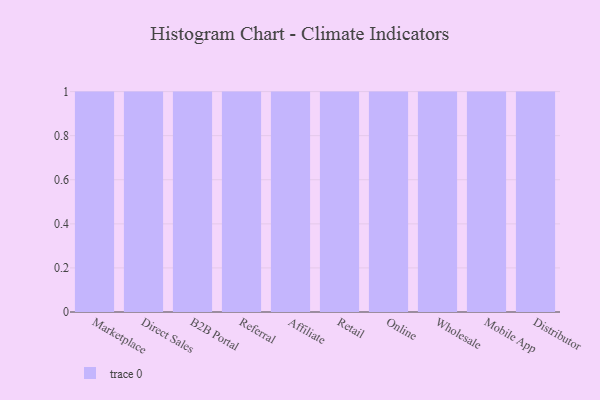
{"axis": {"x": "Channel", "y": "Gross Profit (USD K)"}, "legend": [""], "data": [{"x": "Marketplace", "y": 83, "type": ""}, {"x": "Direct Sales", "y": 71, "type": ""}, {"x": "B2B Portal", "y": 7, "type": ""}, {"x": "Referral", "y": 79, "type": ""}, {"x": "Affiliate", "y": 81, "type": ""}, {"x": "Retail", "y": 37, "type": ""}, {"x": "Online", "y": 84, "type": ""}, {"x": "Wholesale", "y": 88, "type": ""}, {"x": "Mobile App", "y": 91, "type": ""}, {"x": "Distributor", "y": 43, "type": ""}]}